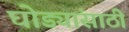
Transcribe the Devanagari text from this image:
घोड्यांसाठी